Leaving Certificate Examination, 1912
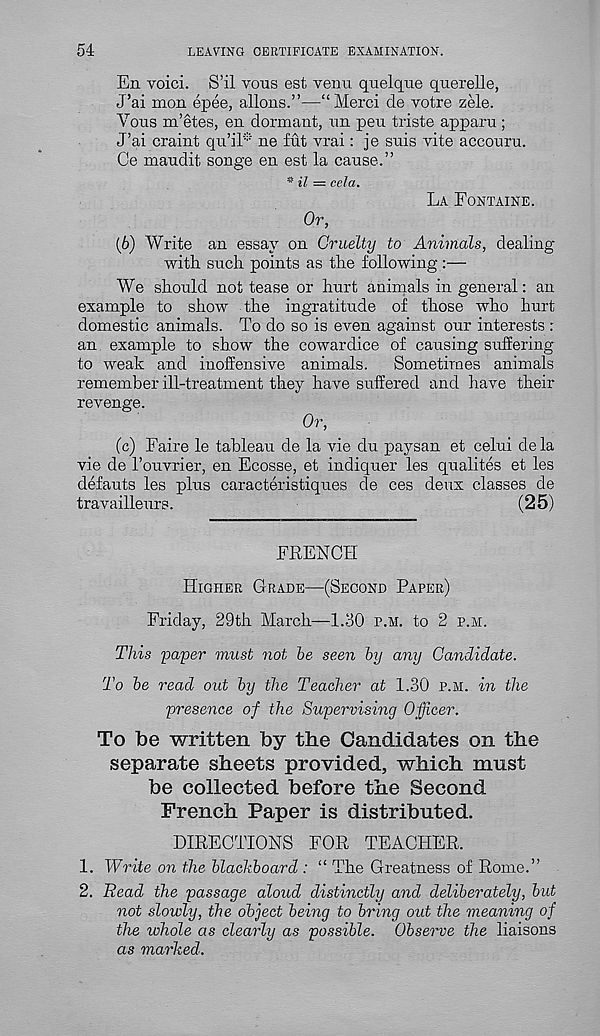
54
LEAVING CERTIFICATE EXAMINATION.
En voici. S’il vous est venu quelque querelle,
J’ai men epee, aliens.”—“Merci de votre zele.
Yens m’etes, en dormant, nn pen triste apparu;
J’ai craint qu’iP ne frit vrai: je suis vite accouru.
Ce maudit songe en est la cause.”
* i; = cela.
La Fontaine.
Or,
(6) Write an essay on Cruelty to Animals, dealing
with such points as the following:—
We should not tease or hurt animals in general: an
example to show the ingratitude of those who hurt
domestic animals. To do so is even against our interests :
an example to show the cowardice of causing suffering
to weak and inoffensive animals.
Sometimes animals
remember ill-treatment they have suffered and have their
revenge.
Or,
(c) Faire le tableau de la vie du paysan et celui dela
vie de 1’ouvrier, en Ecosse, et indiquer les qualites et les
defauts les plus caracteristiques de ces deux classes de
travailleurs.
(25)
FRENCH
Higher Grade—(Second Paper)
Friday, 29th March—1.30 p.m. to 2 p.m.
This 'payer must not be seen by any Candidate.
To be read out by the Teacher at 1.30 p.m. in the
presence of the Supervising Officer.
To be written by the Candidates on the
separate sheets provided, which must
be collected before the Second
French Paper is distributed.
DIRECTIONS FOR TEACHER.
1. Write on the blackboard : “ The Greatness of Rome.”
2. Bead the passage aloud distinctly and deliberately, but
not slowly, the object being to bring out the meaning of
the whole as clearly as possible. Observe the liaisons
as marked.